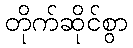
တိုက်ဆိုင်စွာ